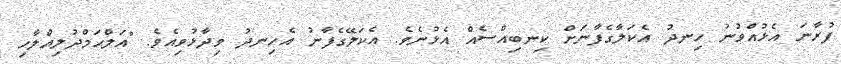
ފުރާނަ އެޅުއްވުނު ހިނދު އެކަލާގެފާނަށް ކިނބިއްސެއް އެޅުނެވެ. އެކަލޭގެފާނު އެހިނދު ވިދާޅުވިއެވެ. "އަލްޙަމްދުލިއްލާހި